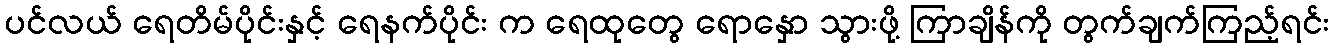
ပင်လယ် ရေတိမ်ပိုင်းနှင့် ရေနက်ပိုင်း က ရေထုတွေ ရောနှော သွားဖို့ ကြာချိန်ကို တွက်ချက်ကြည့်ရင်း